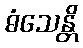
ဓံသေန္တိ